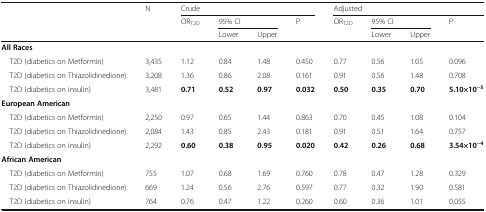
|  | N | <COLSPAN=4> Crude | <COLSPAN=4> Adjusted |
 |  |  | ORT2D | <COLSPAN=2> 95% CI | P | ORT2D | <COLSPAN=2> 95% CI | P |
 |  |  |  | Lower | Upper |  |  | Lower | Upper |  |
 | --- | --- | --- | --- | --- | --- | --- | --- | --- | --- |
 | <COLSPAN=10> All Races |
 | T2D (diabetics on Metformin) | 3,435 | 1.12 | 0.84 | 1.48 | 0.450 | 0.77 | 0.56 | 1.05 | 0.096 |
 | T2D (diabetics on Thiazolidinedione) | 3,208 | 1.36 | 0.86 | 2.08 | 0.161 | 0.91 | 0.56 | 1.48 | 0.708 |
 | T2D (diabetics on insulin) | 3,481 | 0.71 | 0.52 | 0.97 | 0.032 | 0.50 | 0.35 | 0.70 | 5.10×10−5 |
 | <COLSPAN=10> European American |
 | T2D (diabetics on Metformin) | 2,250 | 0.97 | 0.65 | 1.44 | 0.863 | 0.70 | 0.45 | 1.08 | 0.104 |
 | T2D (diabetics on Thiazolidinedione) | 2,084 | 1.43 | 0.85 | 2.43 | 0.181 | 0.91 | 0.51 | 1.64 | 0.757 |
 | T2D (diabetics on insulin) | 2,292 | 0.60 | 0.38 | 0.95 | 0.020 | 0.42 | 0.26 | 0.68 | 3.54×10−4 |
 | <COLSPAN=10> African American |
 | T2D (diabetics on Metformin) | 755 | 1.07 | 0.68 | 1.69 | 0.760 | 0.78 | 0.47 | 1.28 | 0.329 |
 | T2D (diabetics on Thiazolidinedione) | 669 | 1.24 | 0.56 | 2.76 | 0.597 | 0.77 | 0.32 | 1.90 | 0.581 |
 | T2D (diabetics on insulin) | 764 | 0.76 | 0.47 | 1.22 | 0.260 | 0.60 | 0.36 | 1.01 | 0.055 |